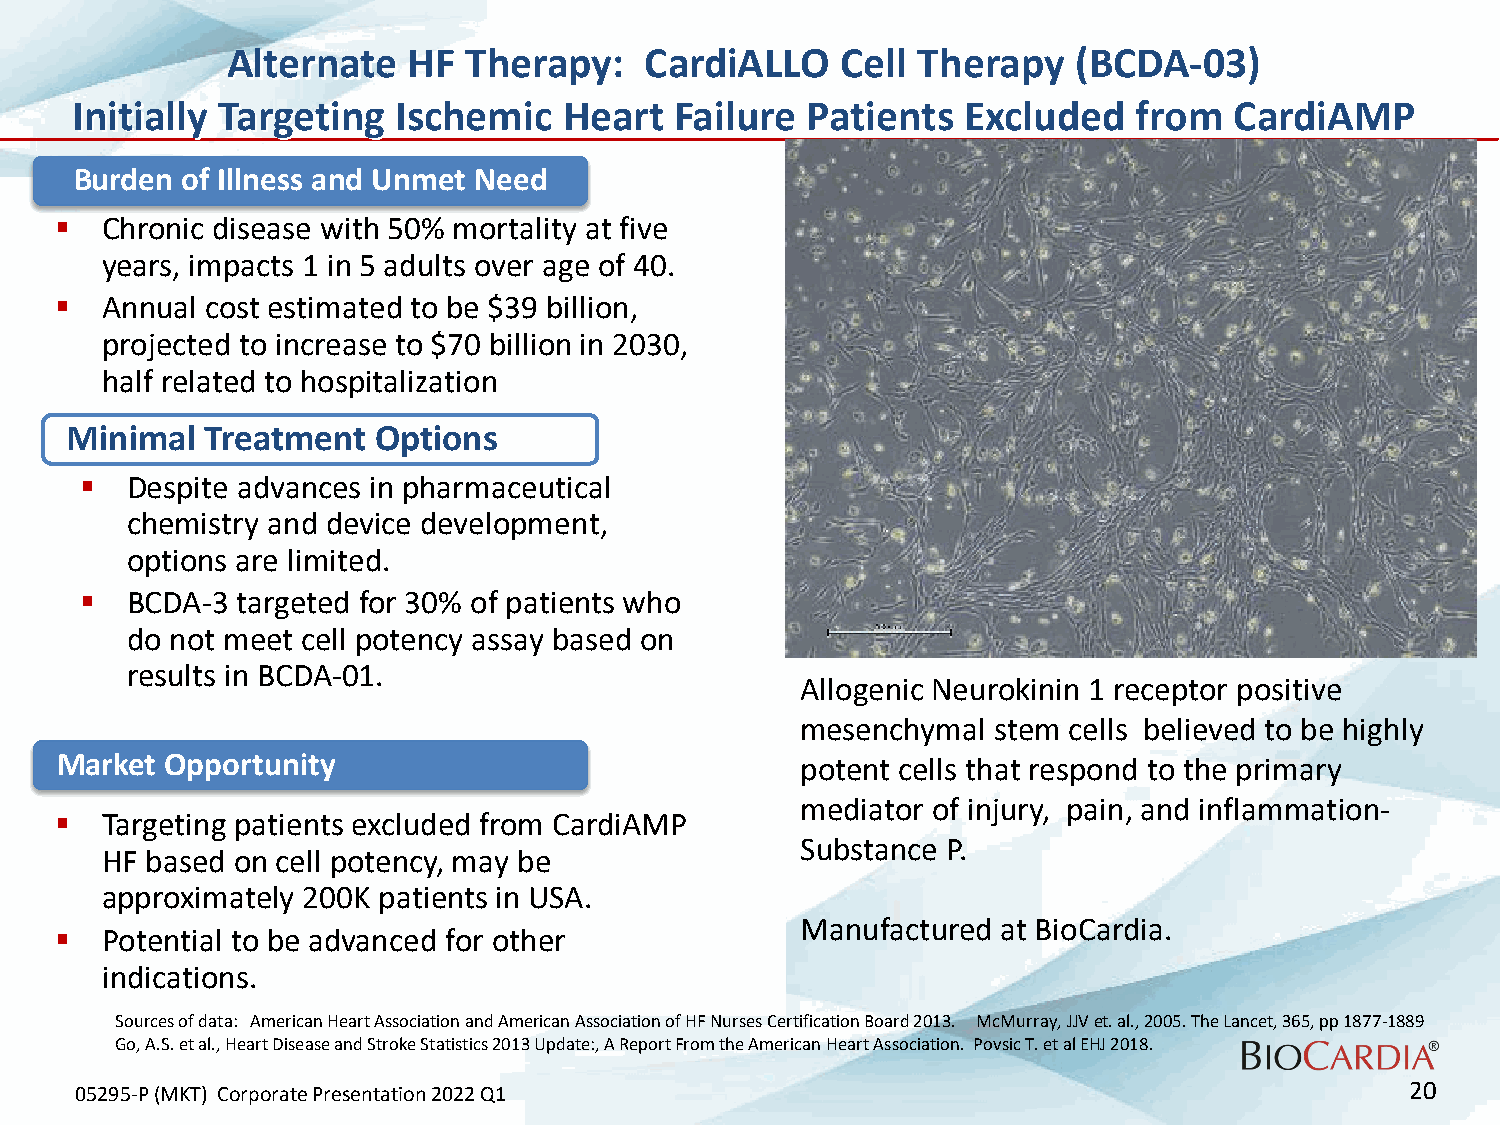
Alternate   HF  Therapy:    CardiALLO    Cell Therapy   (BCDA-03)
 Initially Targeting  Ischemic   Heart   Failure Patients   Excluded   from   CardiAMP
 Burden of Illness and Unmet Need
   Chronic disease with 50% mortality at five
 years, impacts 1 in 5 adults over age of 40.
   Annual cost estimated to be $39 billion,
 projected to increase to $70 billion in 2030,
 half related to hospitalization
 Minimal   Treatment  Options
   Despite advances in pharmaceutical
 chemistry and device development,
 options are limited.
   BCDA-3  targeted for 30% of patients who
 do not meet cell potency assay based on
 results in BCDA-01.
 Allogenic Neurokinin 1 receptor positive
 mesenchymal  stem cells believed to be highly
 Market Opportunity                               potent cells that respond to the primary
 mediator of injury, pain, and inflammation-
   Targeting patients excluded from CardiAMP
 Substance P.
 HF based on cell potency, may be
 approximately 200K patients in USA.
 Manufactured at BioCardia.
   Potential to be advanced for other
 indications.
 Sources of data: American Heart Association and American Association of HF Nurses Certification Board 2013. McMurray, JJV et. al., 2005. The Lancet, 365, pp 1877-1889
 Go, A.S. et al., Heart Disease and Stroke Statistics 2013 Update:, A Report From the American Heart Association. PovsicT. et al EHJ 2018.
 05295-P (MKT) Corporate Presentation 2022 Q1                                            20